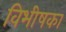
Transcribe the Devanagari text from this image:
विभीषका